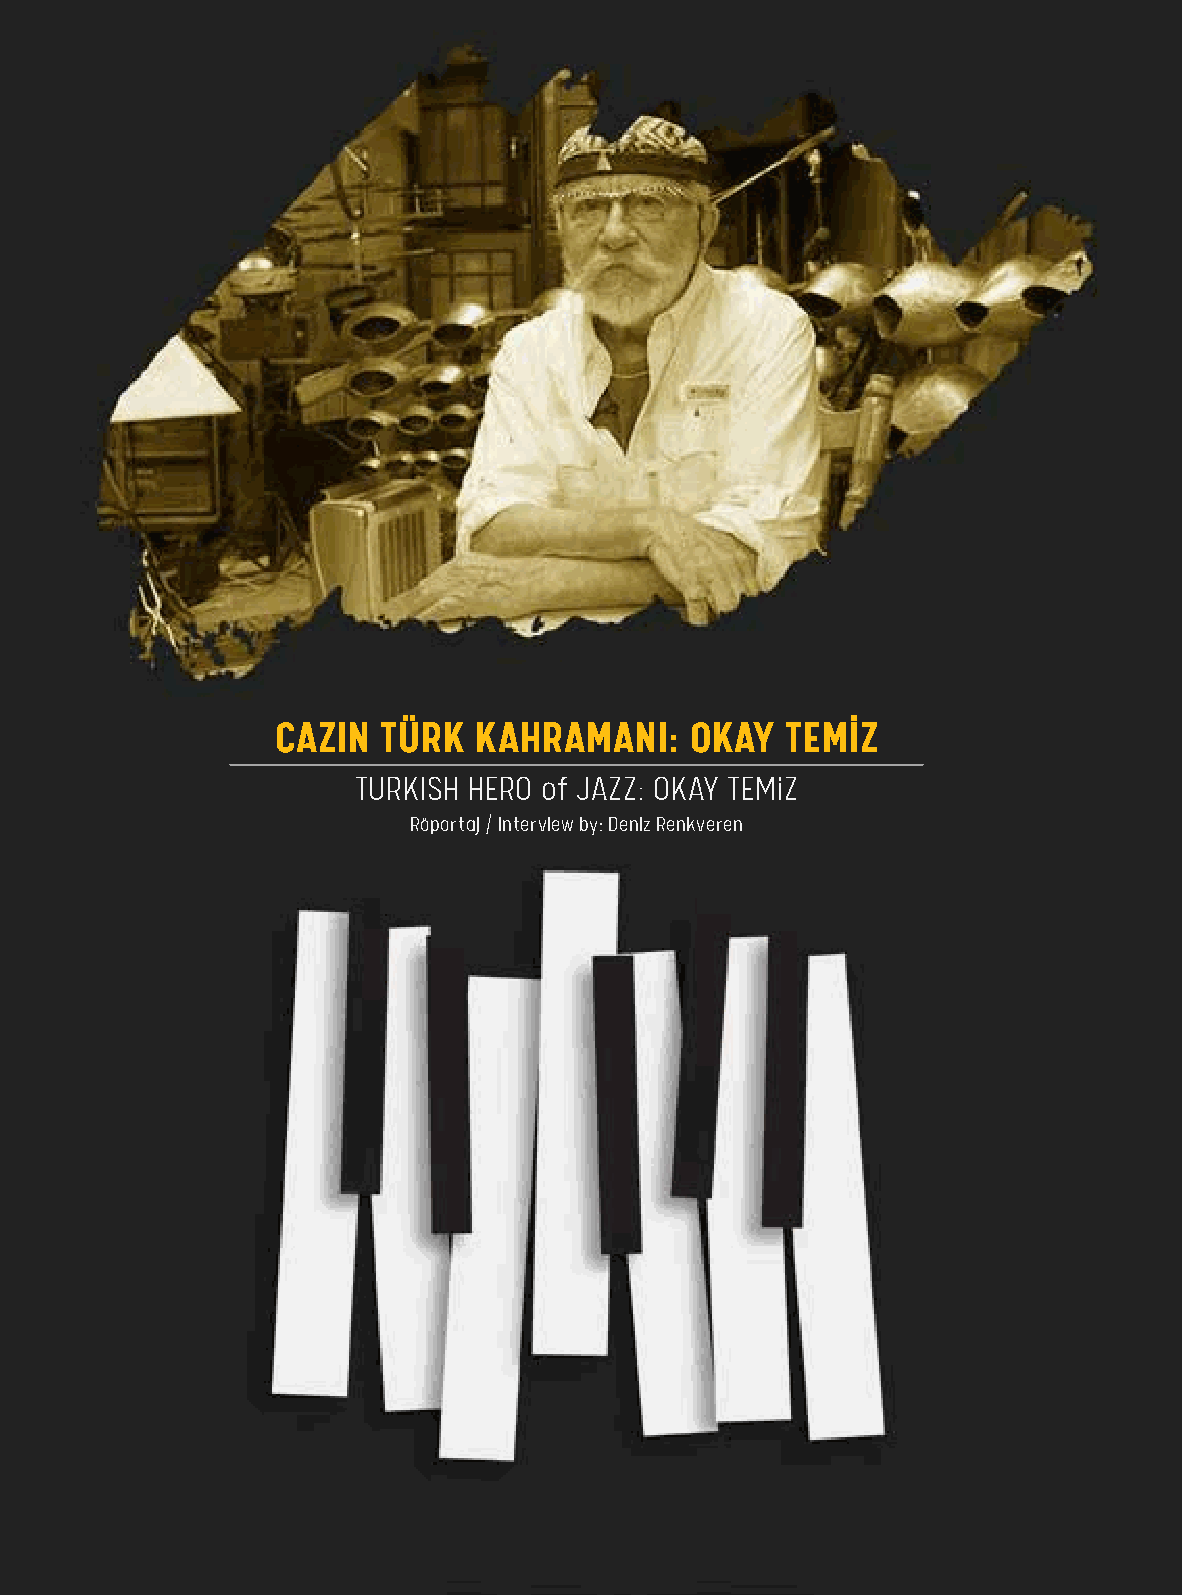
142
 Türkiye’nin Kültür Dergisi / Turkey’s Culture Magazine
 CAZIN  TÜRK  KAHRAMANI:     OKAY  TEMİZ
 TURKISH HERO of JAZZ: OKAY TEMiZ
 Röportaj / Interview by: Deniz Renkveren